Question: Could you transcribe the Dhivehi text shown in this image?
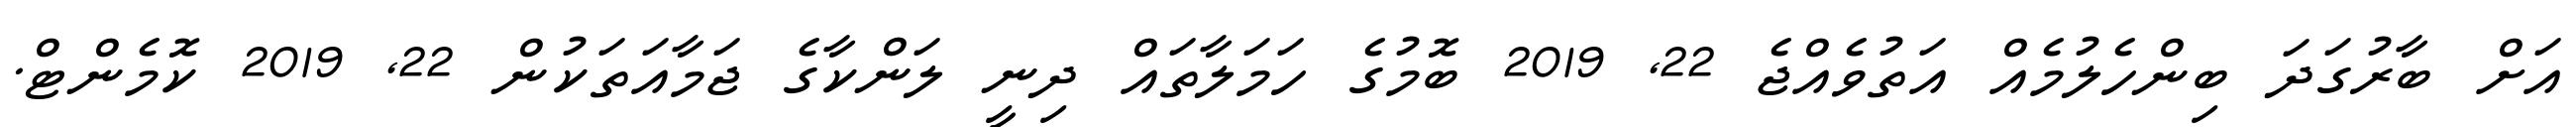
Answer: އަށް ބާރުގަދަ ބިންހެލުމެއް އަތުވެއްޖެ 22, 2019 ބޮމުގެ ހަމަލާތައް ދިނީ ލަންކާގެ ޖަމާއަތަކުން 22, 2019 ކޮމެންޓް.